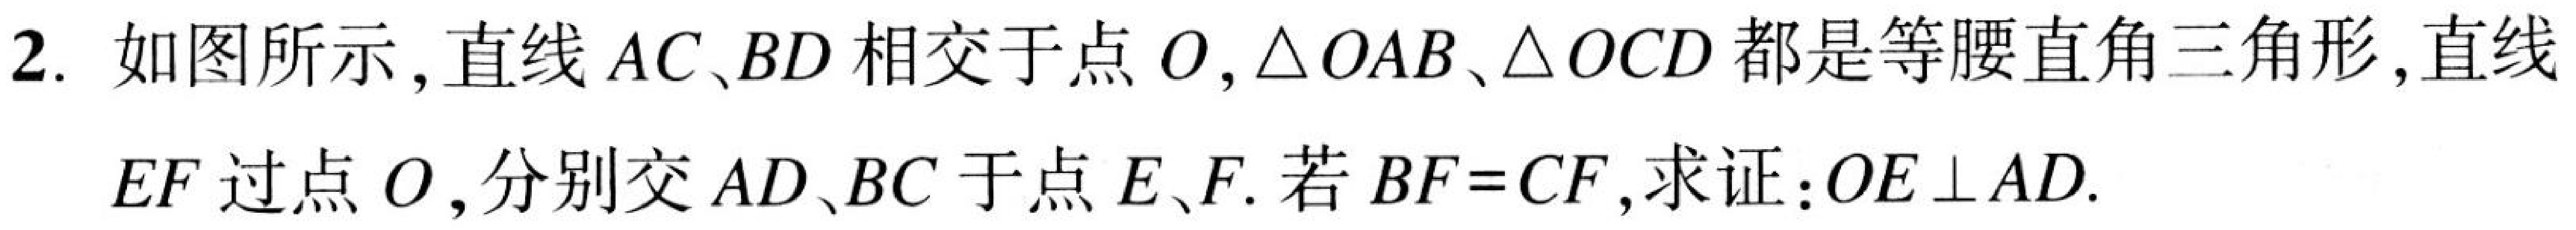
2. 如图所示,直线\(AC、BD\)相交于点\(O,\triangle OAB、\triangle OCD\)都是等腰直角三角形,直线
\(EF\)过点\(O\),分别交\(AD、BC\)于点\(E、F.\)若\(BF = CF\),求证:\(OE\perp AD.\)